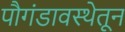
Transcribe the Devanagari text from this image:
पौगंडावस्थेतून